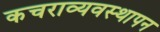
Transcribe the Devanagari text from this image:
कचराव्यवस्थापन